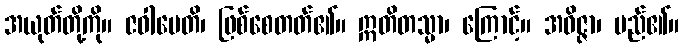
အယုတ်တို့ကို။ ဇဝါပေတိ၊ ဖြစ်စေတတ်၏။ ဣတိတသ္မာ၊ ကြောင့်။ အဝိဇ္ဇာ၊ မည်၏။